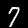
Label: 7